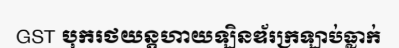
GST បុករថយន្តហាយឡិនឌ័រក្រឡាប់ធ្លាក់